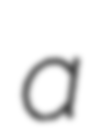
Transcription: a